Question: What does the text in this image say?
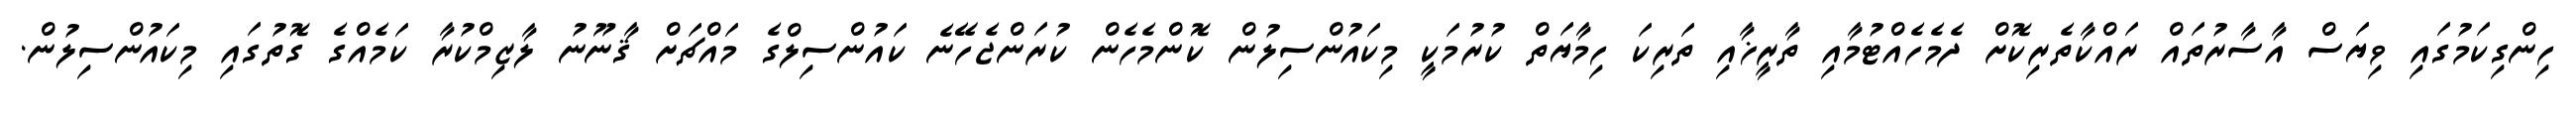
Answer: ހިންގިކަމުގައި ވިޔަސް އާސާރުތައް ރައްކާތެރިކޮށް ދެމެހެއްޓުމާއި ތާރީޚާއި ތަރިކަ ހިމާޔަތް ކުރުމަކީ މިކައުންސިލުން ކޮންމެހެން ކުރަންޖެހޭނެ ކައުންސިލްގެ މައްޗަށް ޤާނޫނު ލާޒިމްކުރާ ކަމެއްގެ ގޮތުގައި މިކައުންސިލުން.